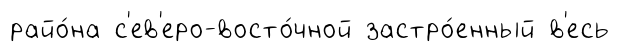
райо́на с'ев'еро-восто́чной застро́енный в'есь